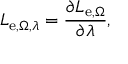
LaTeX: L _ { \mathrm { e } , \Omega , \lambda } = { \frac { \partial L _ { \mathrm { e } , \Omega } } { \partial \lambda } } ,